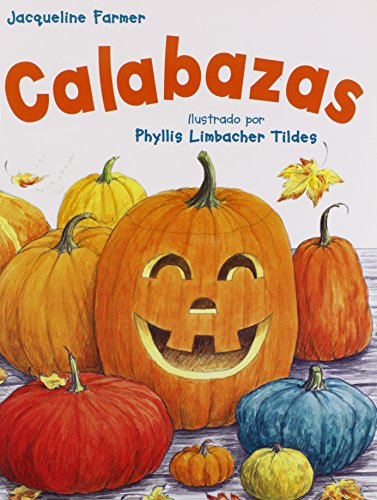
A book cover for Calabazas; Jacqueline Farmer; Children's Books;